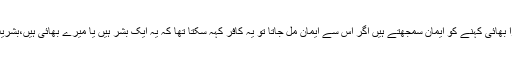
۱۲؎ اس جواب سے وہ لوگ عبرت پکڑیں جو نبی کریم صلی اللہ علیہ وسلم کو اپنے جیسا بشر اور بڑا بھائی کہنے کو ایمان سمجھتے ہیں اگر اس سے ایمان مل جاتا تو یہ کافر کہہ سکتا تھا کہ یہ ایک بشر ہیں یا میرے بھائی ہیں،بشریت مصطفوی پہچاننے پر نجات نہیں نبوت کے پہچاننے پر نجات ہے بشریت تو ابوجہل بھی مانتا تھا۔